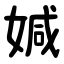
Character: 㛾